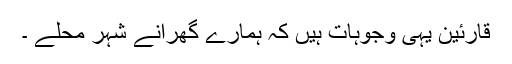
قارئین یہی وجوہات ہیں کہ ہمارے گھرانے شہر محلے ۔